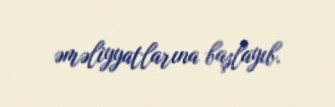
əməliyyatlarına başlayıb.